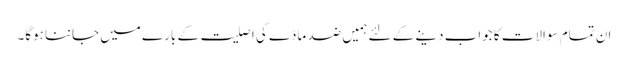
ان تمام سوالات کا جواب دینے کے لئے ہمیں ضد مادّے کی اصلیت کے بارے میں جاننا ہوگا۔